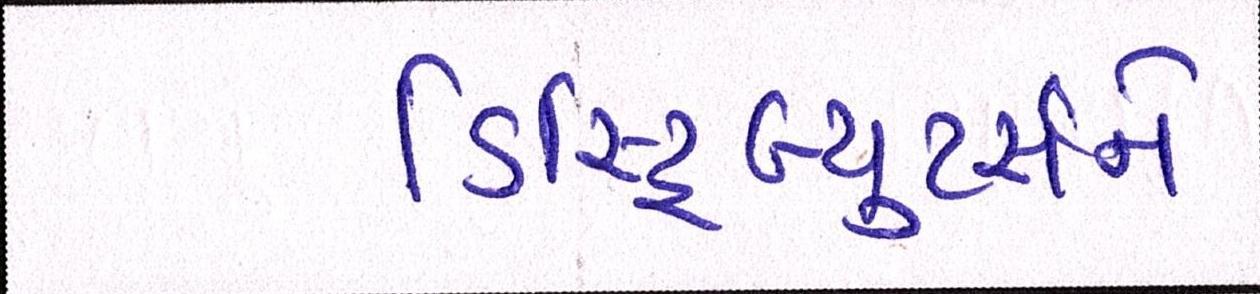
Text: ડિસ્ટ્રિબ્યુટર્સને